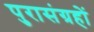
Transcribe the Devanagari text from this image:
पुरासंग्रहों